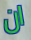
ان